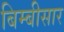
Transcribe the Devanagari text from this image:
बिम्बीसार